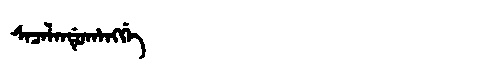
Manchu: ᠰᠠᠴᠠᠯᠠᠨᡩᡠᡥᠠᠩᡤᡝ
Romanization: SACALANDUHANGGE